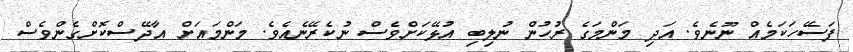
ފަސޭހަކަމެއް ނޫނެވެ. އަދި މަންމަގެ ރުހުން ނުލިބި އުޅޭކަށްވެސް ނުކެރޭނެއެވެ. މަންމައަށް އާދޭސްކޮށްގެންވެސް